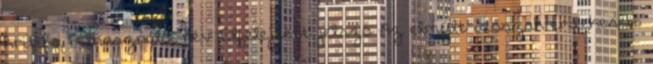
kritika Felhasználói név: Elfelejtett jelszó Az elmúlt időszak érdekesebb